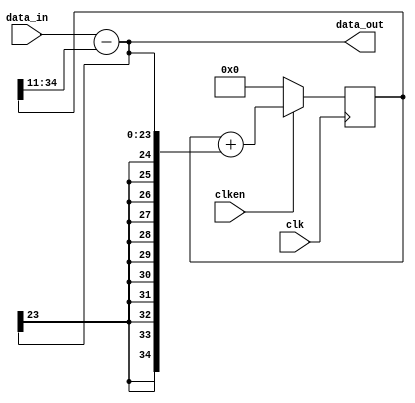
module dc_offset_correct_new(
input clk,
input clken,
input signed [23:0] data_in,
output signed [23:0] data_out

);

// test 11.24

//wire signed [23:0] dc_level = accumulator[39:16];
wire signed [23:0] dc_level = accumulator[34:11];
wire signed [23:0] corrected = data_in[23:0] - dc_level[23:0];
//reg signed [39:0] accumulator;

reg signed [34:0] accumulator;

always @(posedge clk) begin
	if (clken == 1'b0) begin
		accumulator <= 40'd0;
		end
	else begin
		//accumulator <= accumulator + {{16{corrected[23]}},corrected[23:0]};
		accumulator <= accumulator + {{11{corrected[23]}},corrected[23:0]};
		end
end

assign data_out[23:0] = corrected[23:0];

endmodule